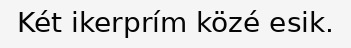
Két ikerprím közé esik.